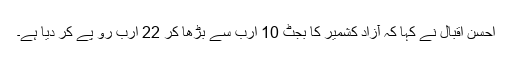
احسن اقبال نے کہا کہ آزاد کشمیر کا بجٹ 10 ارب سے بڑھا کر 22 ارب رو پے کر دیا ہے۔